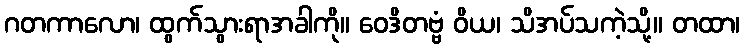
ဂတကာလော၊ ထွက်သွားရာအခါကို။ ဝေဒိတဗ္ဗံ ဝိယ၊ သိအပ်သကဲ့သို့။ တထာ၊